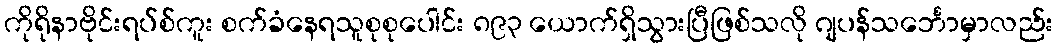
ကိုရိုနာဗိုင်းရပ်စ်ကူး စက်ခံနေရသူစုစုပေါင်း ၈၉၃ ယောက်ရှိသွားပြီဖြစ်သလို ဂျပန်သင်္ဘောမှာလည်း